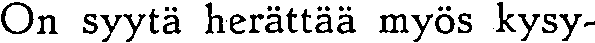
On syytä herättää myös kysy-